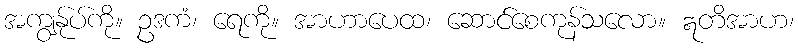
အကျွန်ုပ်ကို။ ဥဒကံ၊ ရေကို။ အာဟာပေထ၊ ဆောင်စေကုန်သလော။ ဣတိအာဟ၊